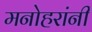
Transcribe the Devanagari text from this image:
मनोहरांनी